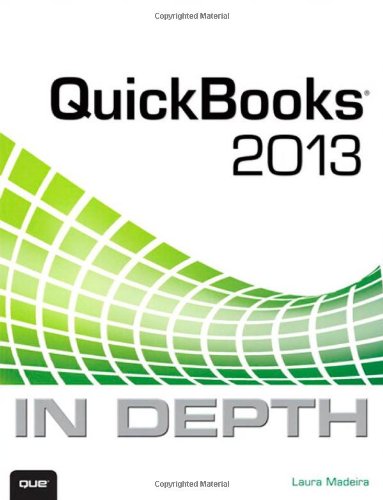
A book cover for QuickBooks 2013 In Depth; Laura Madeira; Computers & Technology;